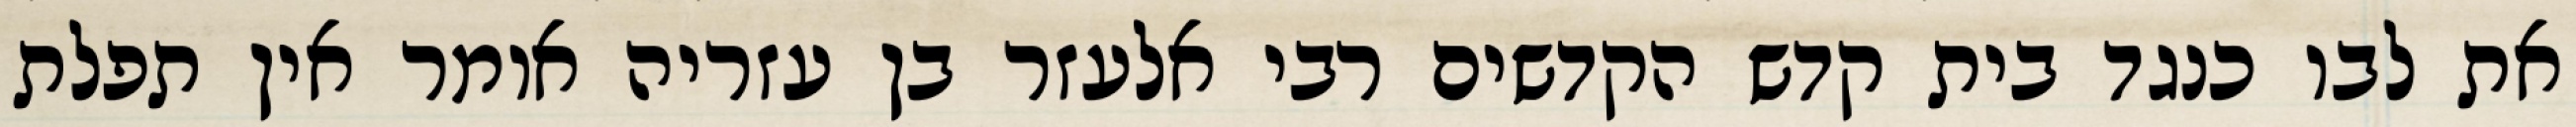
את לבו כנגד בית קדש הקדשים רבי אלעזר בן עזריה אומר אין תפלת